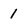
Character: 1